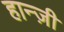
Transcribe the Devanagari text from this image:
हान्ज़ी